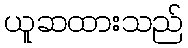
ယူဆထားသည်